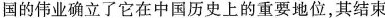
国的伟业确立了它在中国历史上的重要地位，其结束